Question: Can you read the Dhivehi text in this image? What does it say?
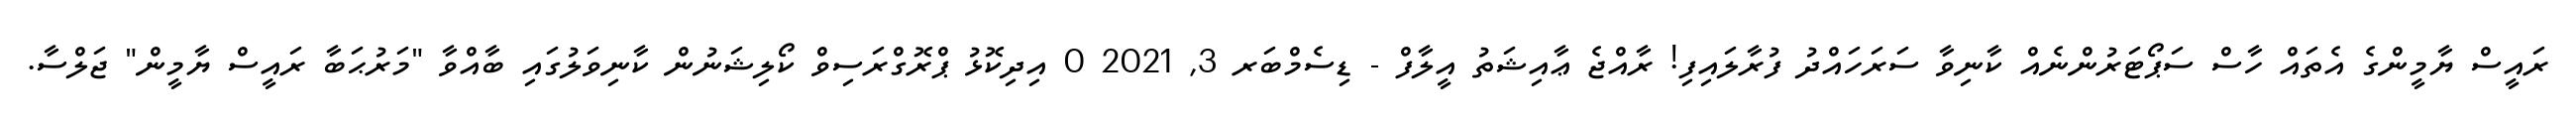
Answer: ރައީސް ޔާމީންގެ އެތައް ހާސް ސަޕޯޓަރުންނެއް ކާނިވާ ސަރަހައްދު ފުރާލައިފި! ރާއްޖެ ޢާއިޝަތު އީލާފް - ޑިސެމްބަރ 3, 2021 0 އިދިކޮޅު ޕްރޮގްރަސިވް ކޯލިޝަނުން ކާނިވަލުގައި ބާއްވާ "މަރުޙަބާ ރައީސް ޔާމީން" ޖަލްސާ.